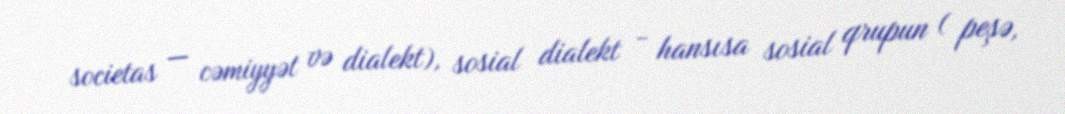
societas — cəmiyyət və dialekt), sosial dialekt - hansısa sosial qrupun ( peşə,